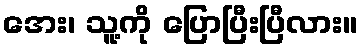
အေး၊ သူ့ကို ပြောပြီးပြီလား။